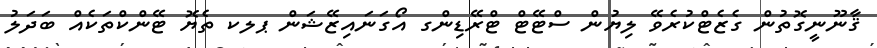
ޤާނޫނީގޮތުން ގެޒެޓްކުރެވޭ ލިޔުން ސްޓޭޓް ޓްރޭޑިންގ އޯގަނައިޒޭޝަން ޕލކ ތެޔޮ ޓޭންކްތަކެއް ބަދަލު